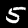
Digit: 5